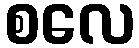
စလေ